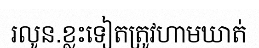
រលូន.ខ្លះទៀតត្រូវហាមឃាត់